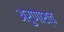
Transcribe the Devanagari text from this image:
अरुणाश्‍च